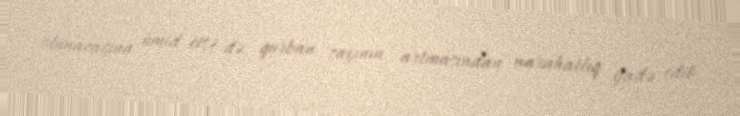
olunacağına ümid etsə də, qurban sayının artmasından narahatlıq ifadə edib.